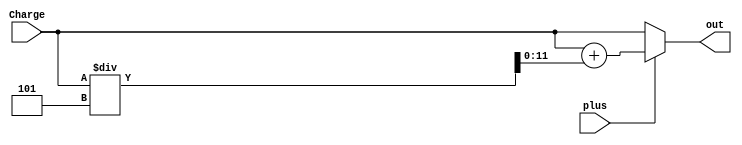
module ExtraCharge(plus, Charge, out);
 input plus;
 input [11:0] Charge;
 output [11:0] out;
 wire [11:0] w1, w0;
 
 assign w1 = Charge + Charge/5;
 assign w0 = Charge;
 assign out = plus ? w1 : w0;
endmodule